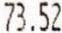
73.52